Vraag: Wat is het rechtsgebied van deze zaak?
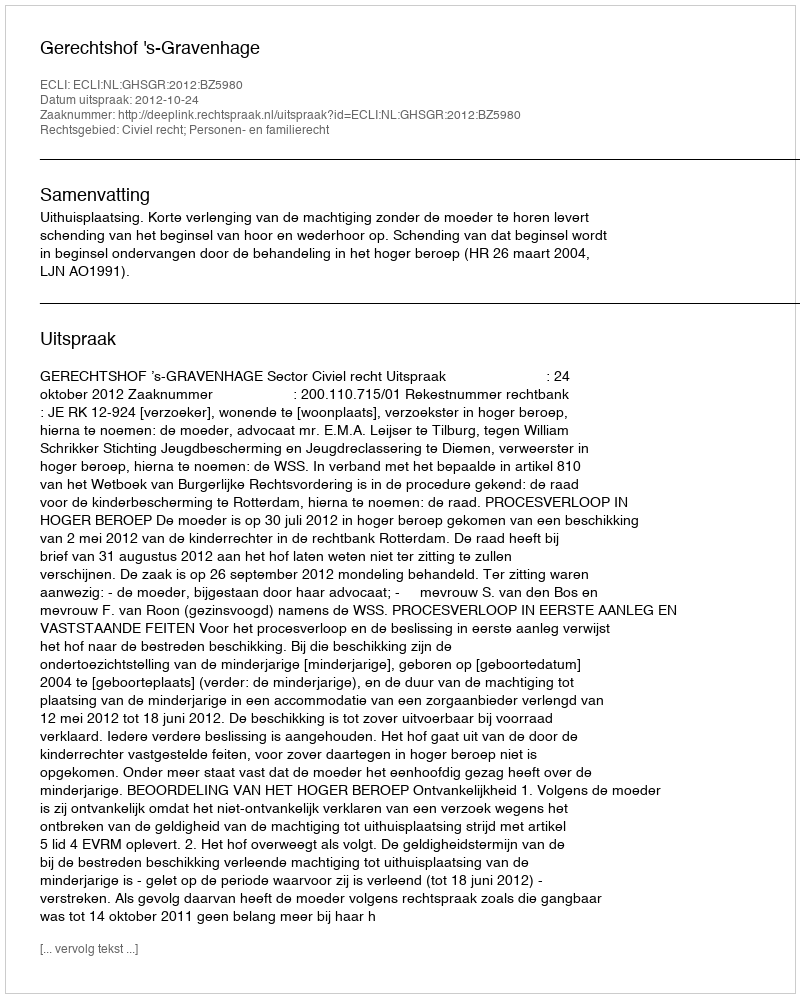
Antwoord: Civiel recht; Personen- en familierecht